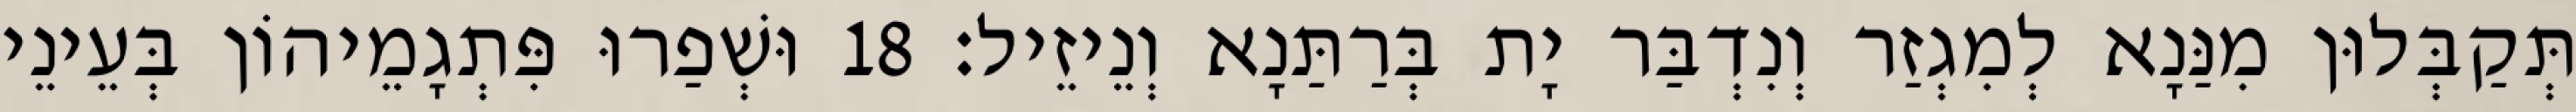
תְּקַבְּלוּן מִנַּנָא לְמִגְזַר וְנִדְבַּר יָת בְּרַתַּנָא וְנֵיזֵיל׃ 18 וּשְׁפַרוּ פִּתְגָמֵיהוֹן בְּעֵינֵי